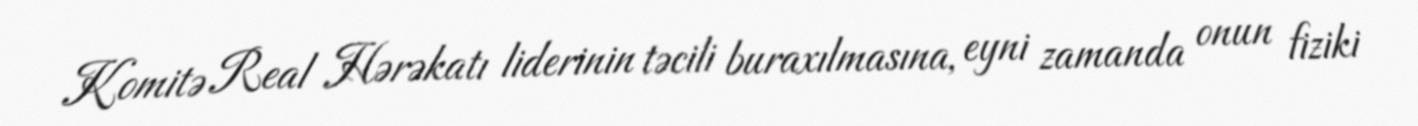
Komitə Real Hərəkatı liderinin təcili buraxılmasına, eyni zamanda onun fiziki